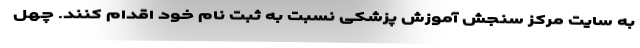
به سایت مرکز سنجش آموزش پزشکی نسبت به ثبت نام خود اقدام کنند. چهل